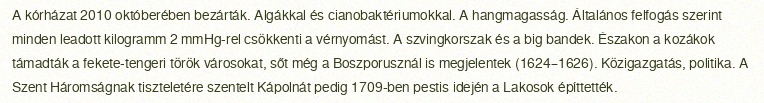
A kórházat 2010 októberében bezárták. Algákkal és cianobaktériumokkal. A hangmagasság. Általános felfogás szerint minden leadott kilogramm 2 mmHg-rel csökkenti a vérnyomást. A szvingkorszak és a big bandek. Északon a kozákok támadták a fekete-tengeri török városokat, sőt még a Boszporusznál is megjelentek (1624–1626). Közigazgatás, politika. A Szent Háromságnak tiszteletére szentelt Kápolnát pedig 1709-ben pestis idején a Lakosok építtették.